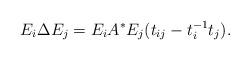
LaTeX: \begin{align*}E_i \Delta E_j = E_i A^* E_j (t_{ij} - t^{-1}_i t_j).\end{align*}